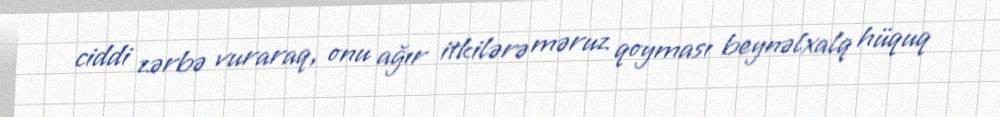
ciddi zərbə vuraraq, onu ağır itkilərə məruz qoyması beynəlxalq hüquq